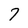
Character: 7